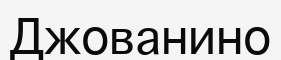
Джованино